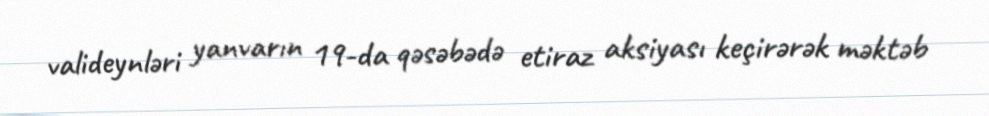
valideynləri yanvarın 19-da qəsəbədə etiraz aksiyası keçirərək məktəb